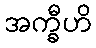
အက္ခီဟိ